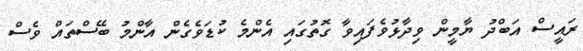
ރައީސް އަބްދު ޔާމީން ވިދާޅުވެފައިވާ ގޮތުގައި އެންމެ ކުޑަވެގެން އާންމު ބޭސްތައް ވެސް